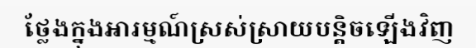
ថ្លែងក្នុងអារម្មណ៍ស្រស់ស្រាយបន្តិចឡើងវិញ